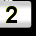
Digit: 2